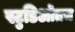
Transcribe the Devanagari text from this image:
स्टुडिओतच